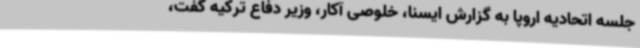
جلسه اتحادیه اروپا به گزارش ایسنا، خلوصی آکار، وزیر دفاع ترکیه گفت،